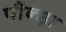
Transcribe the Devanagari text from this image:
पौन्ड़ा